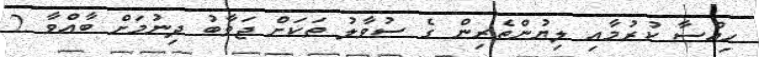
ހިއްސާ ކުރުމާއި ލިޔުންތެރިން ގެ ސުވާލު ތަކަށް ޖަވާބު ދިނުމަށް ބާއްވާ 2